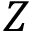
Z